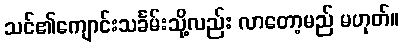
သင်၏ကျောင်းသင်္ခမ်းသို့လည်း လာတော့မည် မဟုတ်။